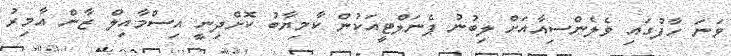
ވަނަ ހާފުގައި ވެލެންސިއާއަށް ލިބުނު ޕެނަލްޓީއަކުން ކާމިޔާބު ކޮށްދިނީ އިސްމާއިލް ޒާން އާމިރު